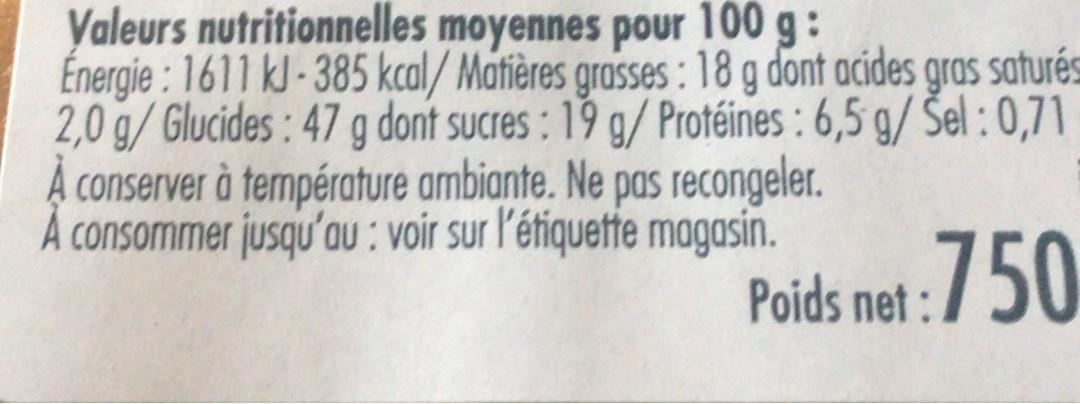
Valeurs nutritionnelles moyennes pour 100 g: Energie : 1611 kJ-385 kcal/ Matières grasses : 18 g dönt acides gras saturés 2,0 g/Glucides: 47 g dont sucres: 19 g/ Protéines : 6,5 g/ Sel : 0,71 A conserver à température ambiante. Ne pas recongeler. A consommer jusqu'aU : voir sur l'étiquette magasin.
Poids net :/50